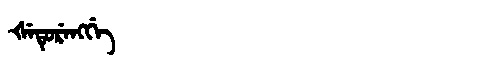
Manchu: ᡧᡝᡨᡠᡵᡝᠩᡤᡝ
Romanization: ŠETURENGGE